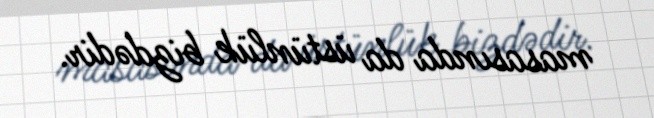
masasında da üstünlük bizdədir.